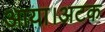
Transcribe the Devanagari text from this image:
आया।अटक